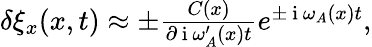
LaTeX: \begin{array}{r}{\delta\xi_{x}(x,t)\approx\pm\frac{C(x)}{\partial\mathrm{~i~}\omega_{A}^{\prime}(x)t}e^{\pm\mathrm{~i~}\omega_{A}(x)t},}\end{array}